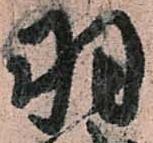
羽